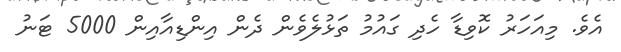
އެވެ. މިއަހަރު ކޮވިޑާ ހެދި ގައުމު ތަޅުލެވެން ދެން އިންޑިއާއިން 5000 ޓަނު